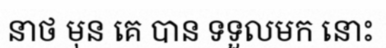
នាថ មុន គេ បាន ទទួលមក នោះ